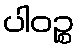
ပါဝဉ္စ